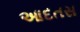
આદતસ